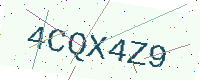
Text: 4CQX4Z9